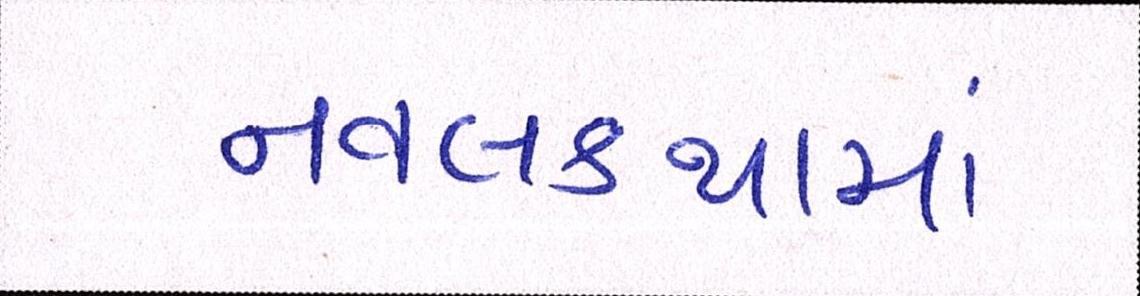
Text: નવલકથામાં